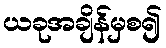
ယခုအချိန်မှစ၍